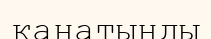
қанатыңды